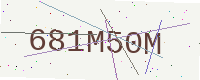
Text: 681M50M